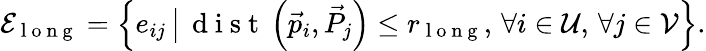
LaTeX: \mathcal{E}_{\mathrm{~l~o~n~g~}}=\left\{ e_{ij}\, \big|\, \mathrm{~d~i~s~t~}\left(\vec{p}_{i},\vec{P}_{j}\right)\leq r_{\mathrm{~l~o~n~g~}},\, \forall i\in\mathcal{U},\, \forall j\in\mathcal{V}\right\} .